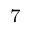
^ 7